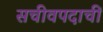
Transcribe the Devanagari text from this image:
सचीवपदाचीं